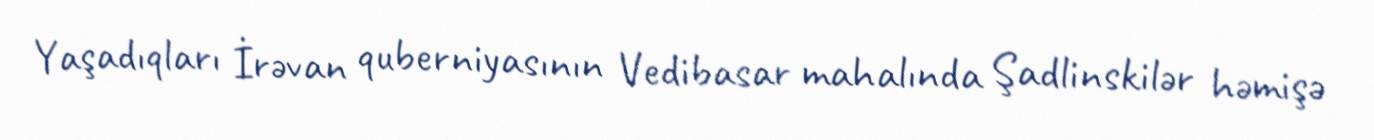
Yaşadıqları İrəvan quberniyasının Vedibasar mahalında Şadlinskilər həmişə